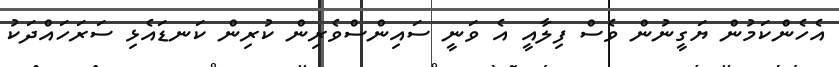
އެހެންކަމުން ޔަގީނުން ވެސް ފިލާއީ އެ ވަނީ ސައިންސްވެރިން ކުރިން ކަނޑައެޅި ސަރަހައްދަކު